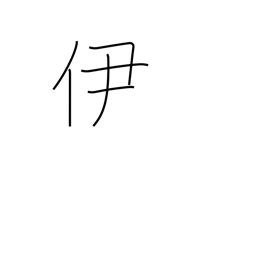
Meaning: that one